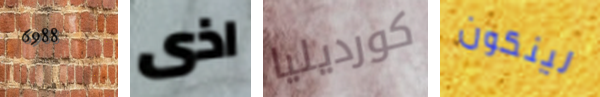
6988 اذى كورديليا لينكون